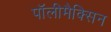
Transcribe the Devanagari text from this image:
पॉलीमैक्सिन